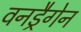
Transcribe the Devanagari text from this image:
वनड्रैगेन